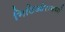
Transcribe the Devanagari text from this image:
मिटिओरामध्ये